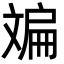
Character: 斒